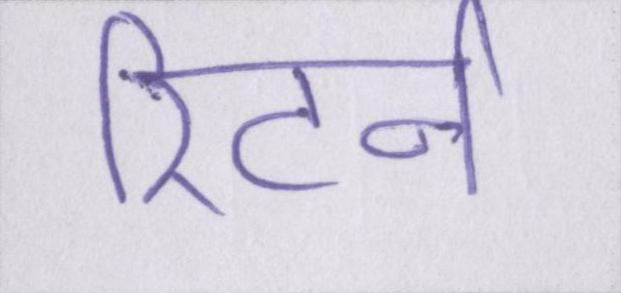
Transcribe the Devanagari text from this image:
रिटर्न